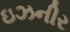
ઇઝનીર